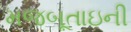
મજબૂતાઇની